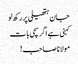
جان ہتھیلی پر رکھ لو
کہنی ہے اگر سچی بات
مولانا صاحب !